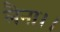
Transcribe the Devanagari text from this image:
लैना।।